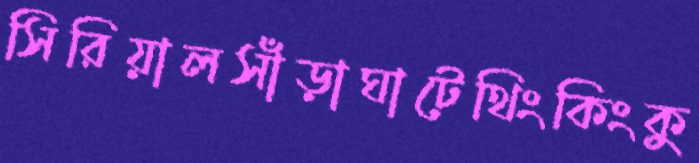
সিরিয়ালসাঁড়াঘাটেথিংকিংকু